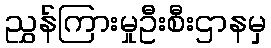
ညွှန်ကြားမှုဦးစီးဌာနမှ